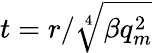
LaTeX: t=r/\sqrt[4]{\beta q_{m}^{2}}